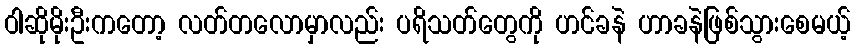
ဝါဆိုမိုးဦးကတော့ လတ်တလောမှာလည်း ပရိသတ်တွေကို ဟင်ခနဲ ဟာခနဲဖြစ်သွားစေမယ့်